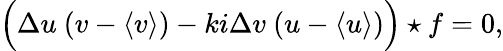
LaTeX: \Bigl(\Delta u~(v-\langle v\rangle)-ki\Delta v~(u-\langle u\rangle)\Bigr)\star f=0,